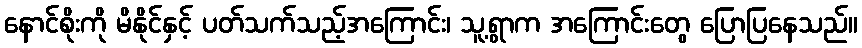
နောင်စိုးကို မိနိုင်နှင့် ပတ်သက်သည့်အကြောင်း၊ သူ့ရွာက အကြောင်းတွေ ပြောပြနေသည်။